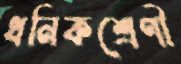
ধনিকশ্রেণী